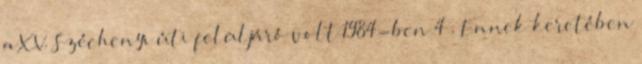
a XV. Széchenyi úti felüljáró volt 1984-ben 4 . Ennek keretében